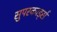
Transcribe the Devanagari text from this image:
सुपरकार्ड्स